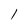
Character: 1